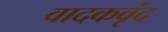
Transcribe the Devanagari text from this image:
वादकवृंद